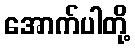
အောက်ပါတို့